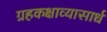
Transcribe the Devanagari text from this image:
ग्रहकक्षाव्यासार्धं